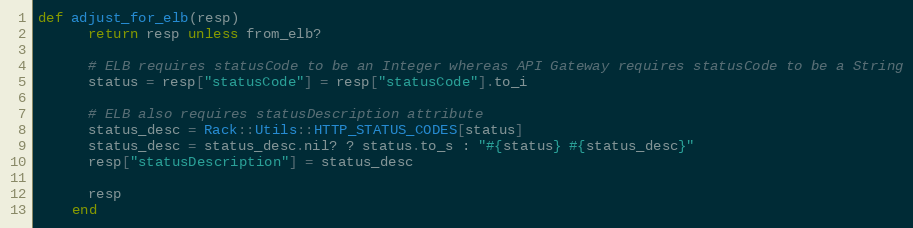
Language: Ruby
def adjust_for_elb(resp)
      return resp unless from_elb?

      # ELB requires statusCode to be an Integer whereas API Gateway requires statusCode to be a String
      status = resp["statusCode"] = resp["statusCode"].to_i

      # ELB also requires statusDescription attribute
      status_desc = Rack::Utils::HTTP_STATUS_CODES[status]
      status_desc = status_desc.nil? ? status.to_s : "#{status} #{status_desc}"
      resp["statusDescription"] = status_desc

      resp
    end